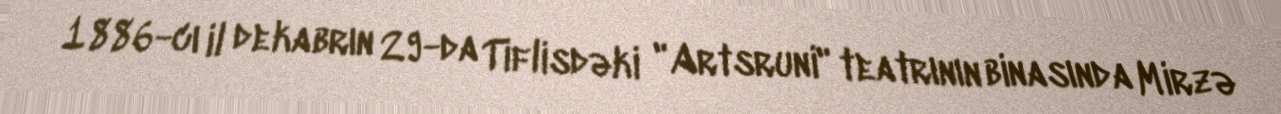
1886-cı il dekabrın 29-da Tiflisdəki "Artsruni" teatrının binasında Mirzə